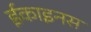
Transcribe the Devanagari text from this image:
ईकाइनस